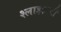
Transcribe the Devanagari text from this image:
श्लाइझची